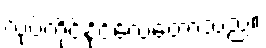
လုပ်ကိုင်နိုင်လေတော့သည်။